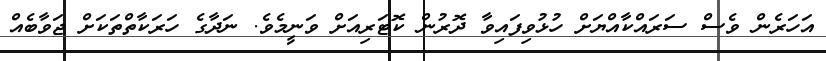
އަހަރެން ވެސް ސަރައްކާއްޔަށް ހުޅުވިފައިވާ ދޮރުން ކޮޓަރިއަށް ވަނީމެވެ. ނަދާގެ ހަރަކާތްތަކަށް ޖަވާބެއް